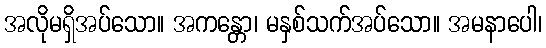
အလိုမရှိအပ်သော။ အကန္တော၊ မနှစ်သက်အပ်သော။ အမနာပေါ၊